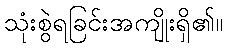
သုံးစွဲရခြင်းအကျိုးရှိ၏။